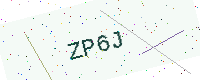
Text: ZP6J